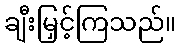
ချီးမြှင့်ကြသည်။